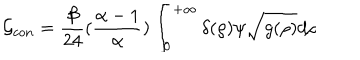
{ \cal G } _ { c o n } = { \frac { \beta } { 2 4 } } ( { \frac { \alpha - 1 } { \alpha } } ) \int _ { 0 } ^ { + \infty } \delta ( \rho ) \psi \sqrt { g ( \rho ) } d \rho